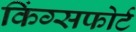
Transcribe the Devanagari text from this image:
किंग्सफोर्ट